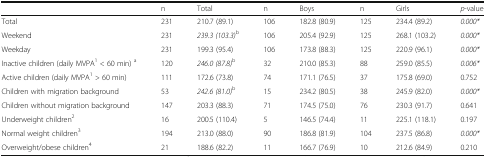
|  | n | Total | n | Boys | n | Girls | p-value |
 | --- | --- | --- | --- | --- | --- | --- | --- |
 | Total | 231 | 210.7 (89.1) | 106 | 182.8 (80.9) | 125 | 234.4 (89.2) | 0.000* |
 | Weekend | 231 | 239.3 (103.3)b | 106 | 205.4 (92.9) | 125 | 268.1 (103.2) | 0.000* |
 | Weekday | 231 | 199.3 (95.4) | 106 | 173.8 (88.3) | 125 | 220.9 (96.1) | 0.000* |
 | Inactive children (daily MVPA1 < 60 min) a | 120 | 246.0 (87.8)b | 32 | 210.0 (85.3) | 88 | 259.0 (85.5) | 0.006* |
 | Active children (daily MVPA1 > 60 min) | 111 | 172.6 (73.8) | 74 | 171.1 (76.5) | 37 | 175.8 (69.0) | 0.752 |
 | Children with migration background | 53 | 242.6 (81.0)b | 15 | 234.2 (80.5) | 38 | 245.9 (82.0) | 0.000* |
 | Children without migration background | 147 | 203.3 (88.3) | 71 | 174.5 (75.0) | 76 | 230.3 (91.7) | 0.641 |
 | Underweight children2 | 16 | 200.5 (110.4) | 5 | 146.5 (74.4) | 11 | 225.1 (118.1) | 0.197 |
 | Normal weight children3 | 194 | 213.0 (88.0) | 90 | 186.8 (81.9) | 104 | 237.5 (86.8) | 0.000* |
 | Overweight/obese children4 | 21 | 188.6 (82.2) | 11 | 166.7 (76.9) | 10 | 212.6 (84.9) | 0.210 |